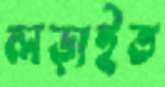
লড়াইত